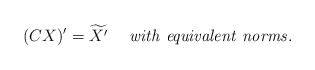
\begin{align*} (CX)^{\prime} = \widetilde{X^{\prime}} ~~~~ {\it with ~equivalent ~norms.}\end{align*}